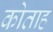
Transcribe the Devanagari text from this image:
कोताह